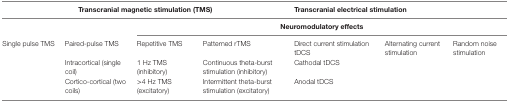
<table><thead><tr><td colspan="4"><b>Transcranial magnetic stimulation (TMS)</b></td><td colspan="3"><b>Transcranial electrical stimulation</b></td></tr></thead><tbody><tr><td></td><td></td><td colspan="5"><b>Neuromodulatory effects</b></td></tr><tr><td>Single pulse TMS</td><td>Paired-pulse TMS</td><td>Repetitive TMS</td><td>Patterned rTMS</td><td>Direct current stimulation tDCS</td><td>Alternating current stimulation</td><td>Random noise stimulation</td></tr><tr><td></td><td>Intracortical (single coil)</td><td>1 Hz TMS (inhibitory)</td><td>Continuous theta-burst stimulation (inhibitory)</td><td>Cathodal tDCS</td><td></td><td></td></tr><tr><td></td><td>Cortico-cortical (two coils)</td><td>&gt;4 Hz TMS (excitatory)</td><td>Intermittent theta-burst stimulation (excitatory)</td><td>Anodal tDCS</td><td></td><td></td></tr></tbody></table>